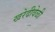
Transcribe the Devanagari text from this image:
खरेदीवेळी